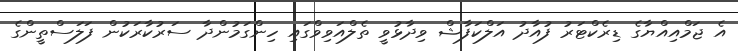
އެ ޖަމްއިއްޔާގެ ޑިރެކްޓަރު ފުއާދު އަލްކަފާޝް ވިދާޅުވީ ތެލްއަވިވްގައި ހިންގަމުންދާ ސަރުކާރަކުން ފަލަސްތީންގެ